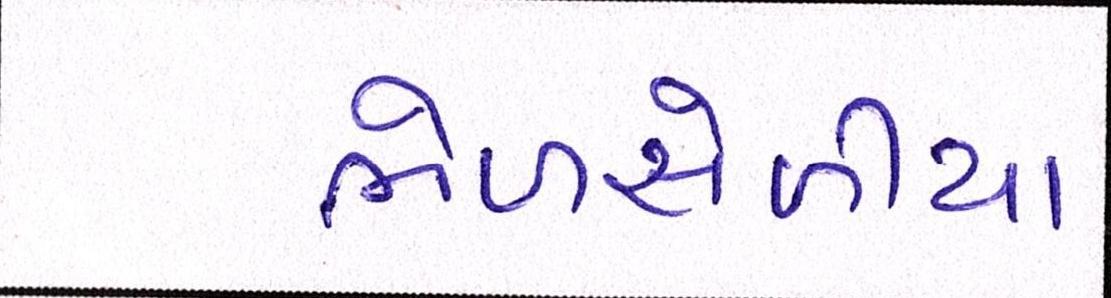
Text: ભેળસેળીયા